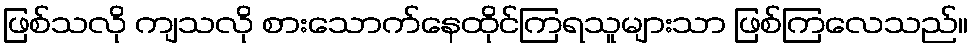
ဖြစ်သလို ကျသလို စားသောက်နေထိုင်ကြရသူများသာ ဖြစ်ကြလေသည်။